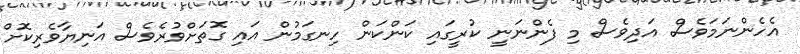
އެހެންނަމަވެސް އަދިވެސް މި ފެންނަނީ ކުރީގައި ކަންކަން ހިނގަމުން އައި ގޮތަށްވުރެވެސް އަނިޔާވެރިކޮށް